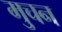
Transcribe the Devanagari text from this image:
मुचन